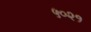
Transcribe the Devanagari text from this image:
५०२१